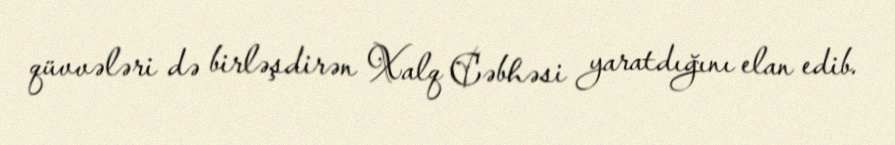
qüvvələri də birləşdirən Xalq Cəbhəsi yaratdığını elan edib.